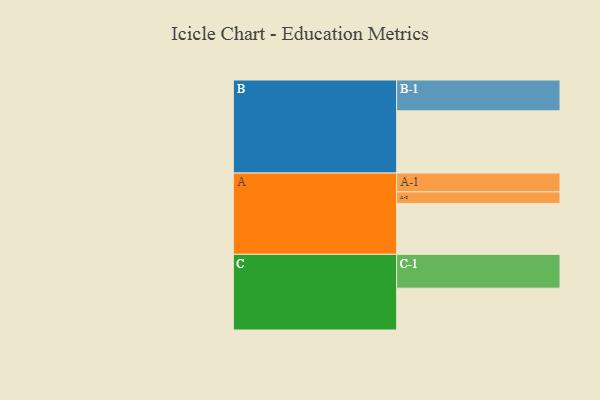
{"axis": {"x": "Segment", "y": "Value"}, "legend": ["", "A", "B", "C"], "data": [{"x": "A", "y": 444, "type": ""}, {"x": "B", "y": 543, "type": ""}, {"x": "C", "y": 365, "type": ""}, {"x": "A-1", "y": 164, "type": "A"}, {"x": "A-2", "y": 101, "type": "A"}, {"x": "B-1", "y": 269, "type": "B"}, {"x": "C-1", "y": 295, "type": "C"}]}